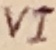
Text: VI